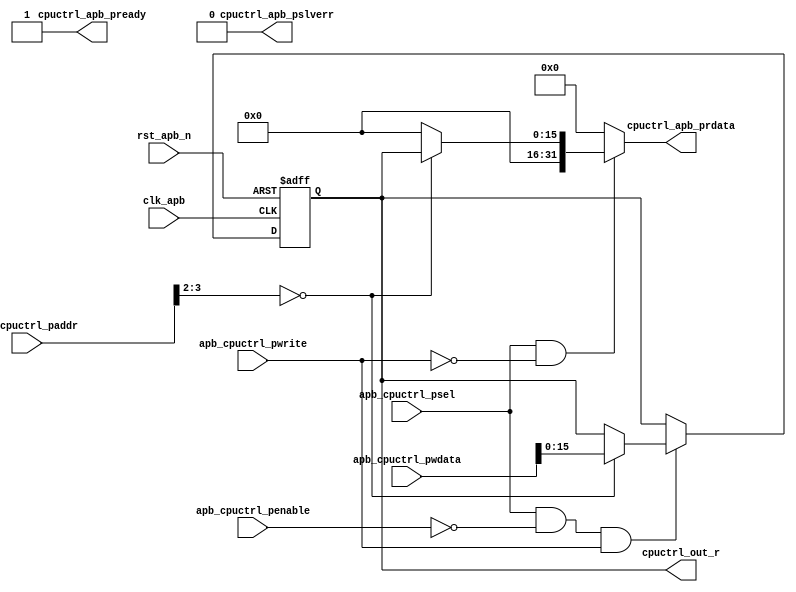
module cpuctrl (/*AUTOARG*/
   // Outputs
   cpuctrl_apb_prdata, cpuctrl_apb_pready, cpuctrl_apb_pslverr,
   cpuctrl_out_r,
   // Inputs
   apb_cpuctrl_psel, apb_cpuctrl_paddr, apb_cpuctrl_penable,
   apb_cpuctrl_pwrite, apb_cpuctrl_pwdata, clk_apb, rst_apb_n
   );

   parameter CPUCTRL_NUMBER = 16;
   localparam CPUCTRL_MSB = CPUCTRL_NUMBER-1;

   input  wire        apb_cpuctrl_psel;     // Peripheral select

   input  wire [11:0] apb_cpuctrl_paddr;    // Address
   input  wire        apb_cpuctrl_penable;  // Transfer control
   input  wire        apb_cpuctrl_pwrite;   // Write control
   input  wire [31:0] apb_cpuctrl_pwdata;   // Write data

   output wire [31:0] cpuctrl_apb_prdata;   // Read data
   output wire        cpuctrl_apb_pready;   // Device ready
   output wire        cpuctrl_apb_pslverr;  // Device error response


   output [CPUCTRL_MSB:0] cpuctrl_out_r;


   input              clk_apb;
   input              rst_apb_n;



   /*AUTOINPUT*/
   /*AUTOOUTPUT*/

   /*AUTOREG*/
   /*AUTOWIRE*/

   reg             [31:0]     read_mux;

   reg [CPUCTRL_MSB:0]        cpuctrl_out_r;


   wire                       read_enable;
   wire                       write_enable;


   assign  read_enable  = apb_cpuctrl_psel & (~apb_cpuctrl_pwrite); // assert for whole APB read transfer
   assign  write_enable = apb_cpuctrl_psel & (~apb_cpuctrl_penable) & apb_cpuctrl_pwrite; // assert for 1st cycle of write transfer


   // Register Read
   always@* begin
      read_mux = 0;
      case(apb_cpuctrl_paddr[3:2])
        2'h0: begin
           read_mux = cpuctrl_out_r;
        end

        default: begin
           read_mux = 0;
        end
      endcase
   end

   // Output read data to APB
   assign cpuctrl_apb_prdata[31: 0] = (read_enable) ? read_mux : {32{1'b0}};
   assign cpuctrl_apb_pready  = 1'b1; //  always ready
   assign cpuctrl_apb_pslverr = 1'b0; //  always okay

   // register write
   always @(posedge clk_apb or negedge rst_apb_n) begin
      if(rst_apb_n == 1'b0) begin
         /*AUTORESET*/
         // Beginning of autoreset for uninitialized flops
         cpuctrl_out_r <= {(1+(CPUCTRL_MSB)){1'b0}};
         // End of automatics
      end
      else begin
         if(write_enable) begin
            case(apb_cpuctrl_paddr[3:2])
              2'h0: begin
                 cpuctrl_out_r <= apb_cpuctrl_pwdata;
              end
              default: begin
              end
            endcase
         end
      end
   end




endmodule // cpuctrl

/*
 Local Variables:
 verilog-library-directories:(
 "."
 )
 End:
 */